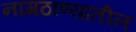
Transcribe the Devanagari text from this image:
नागठाण्यातील